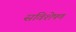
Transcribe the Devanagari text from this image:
सविशेषण